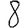
Digit: 8